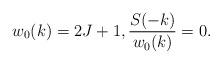
LaTeX: \begin{align*}w_0(k) = 2J + 1, \frac{S(-k)}{w_0(k)} = 0.\end{align*}